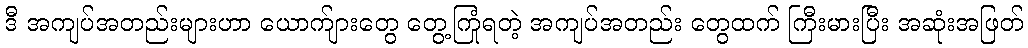
ဒီ အကျပ်အတည်းများဟာ ယောက်ျားတွေ တွေ့ကြုံရတဲ့ အကျပ်အတည်း တွေထက် ကြီးမားပြီး အဆုံးအဖြတ်